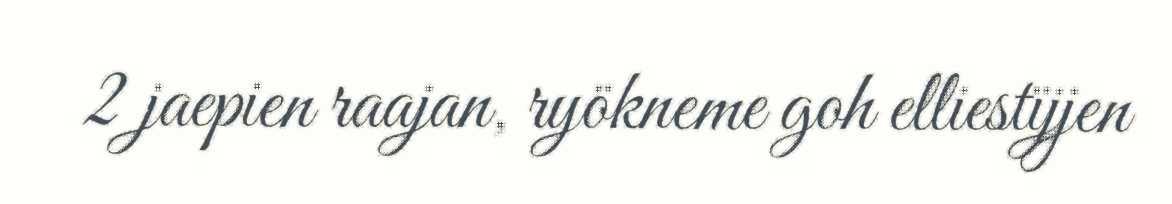
2 jaepien raajan, ryökneme goh elliestïjjen